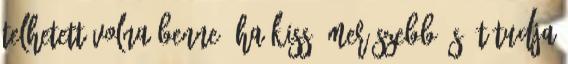
telhetett volna benne, ha kissé merészebb és át tudja